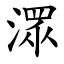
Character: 潀